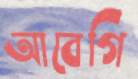
আবেগি